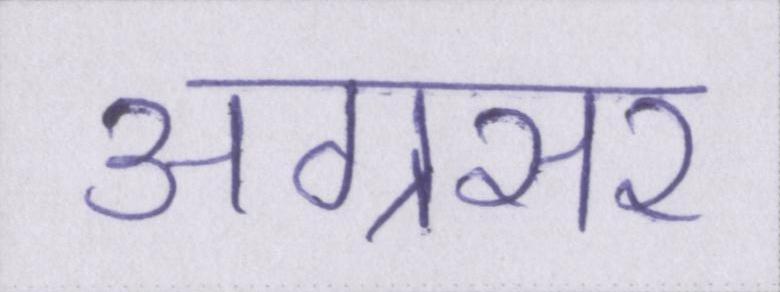
अग्रसर